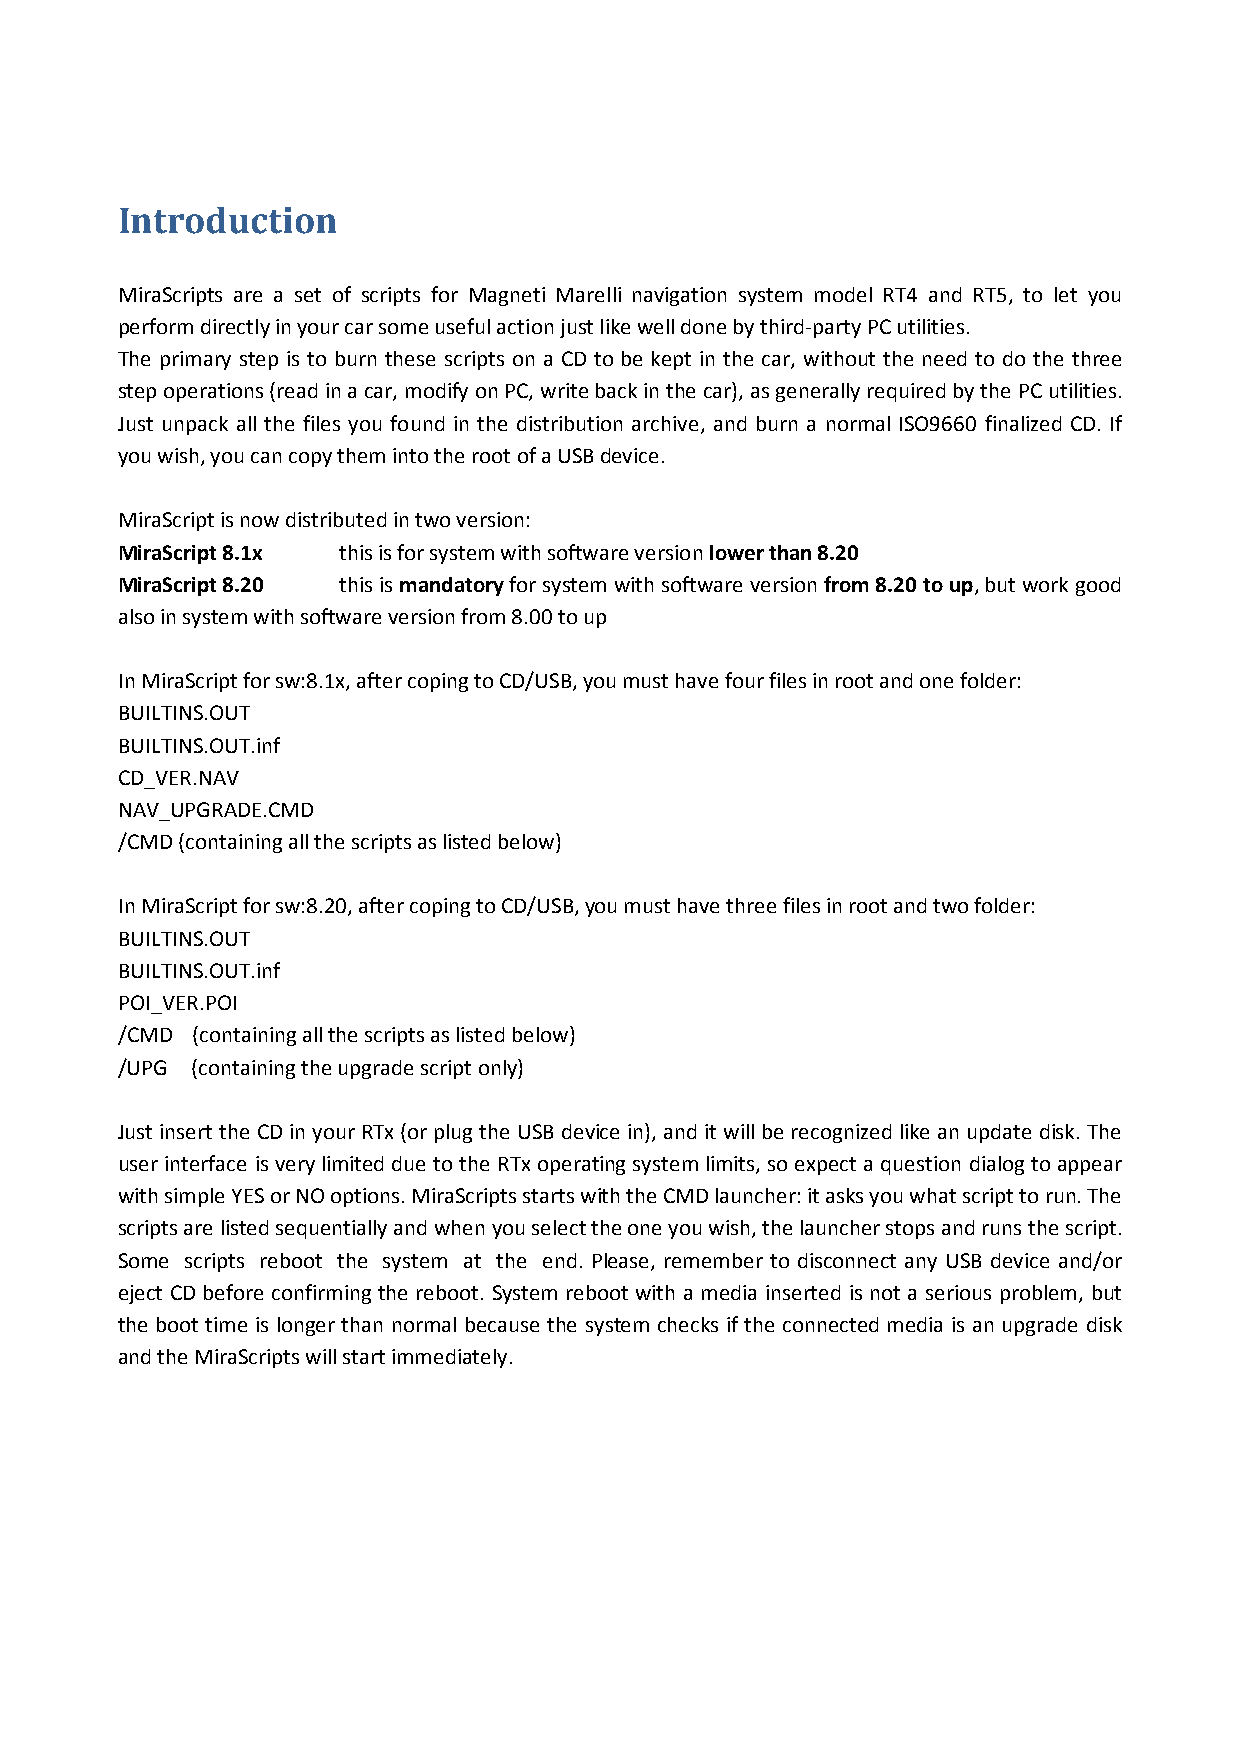
Introduction
 MiraScripts are a set of scripts for Magneti Marelli navigation system model RT4 and RT5, to let you
 perform directly in your car some useful action just like well done by third-party PC utilities.
 The primary step is to burn these scripts on a CD to be kept in the car, without the need to do the three
 step operations (read in a car, modify on PC, write back in the car), as generally required by the PC utilities.
 Just unpack all the files you found in the distribution archive, and burn a normal ISO9660 finalized CD. If
 you wish, you can copy them into the root of a USB device.
 MiraScript is now distributed in two version:
 MiraScript 8.1x this is for system with software version lower than 8.20
 MiraScript 8.20 this is mandatory for system with software version from 8.20 to up, but work good
 also in system with software version from 8.00 to up
 In MiraScript for sw:8.1x, after coping to CD/USB, you must have four files in root and one folder:
 BUILTINS.OUT
 BUILTINS.OUT.inf
 CD_VER.NAV
 NAV_UPGRADE.CMD
 /CMD (containing all the scripts as listed below)
 In MiraScript for sw:8.20, after coping to CD/USB, you must have three files in root and two folder:
 BUILTINS.OUT
 BUILTINS.OUT.inf
 POI_VER.POI
 /CMD (containing all the scripts as listed below)
 /UPG (containing the upgrade script only)
 Just insert the CD in your RTx (or plug the USB device in), and it will be recognized like an update disk. The
 user interface is very limited due to the RTx operating system limits, so expect a question dialog to appear
 with simple YES or NO options. MiraScripts starts with the CMD launcher: it asks you what script to run. The
 scripts are listed sequentially and when you select the one you wish, the launcher stops and runs the script.
 Some scripts reboot the system at the end. Please, remember to disconnect any USB device and/or
 eject CD before confirming the reboot. System reboot with a media inserted is not a serious problem, but
 the boot time is longer than normal because the system checks if the connected media is an upgrade disk
 and the MiraScripts will start immediately.